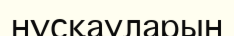
нұсқауларын